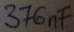
Text: 376nF